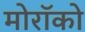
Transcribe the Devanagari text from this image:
मोरॉको